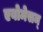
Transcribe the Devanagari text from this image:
एबोमेसम्